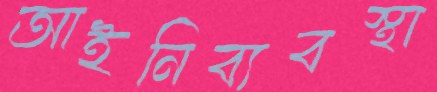
আইনিব্যবস্থা